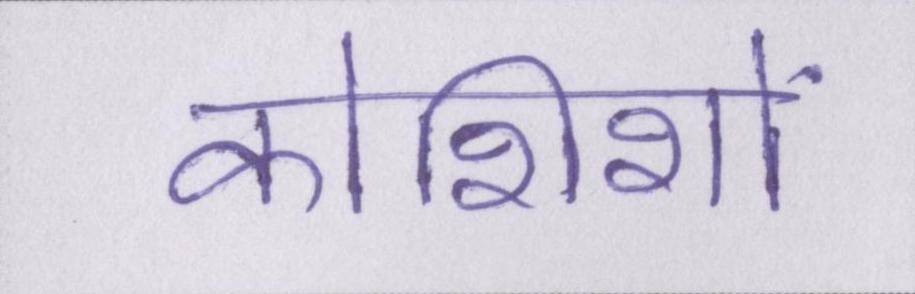
कोशिशों